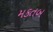
મકતબ